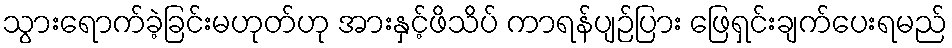
သွားရောက်ခဲ့ခြင်းမဟုတ်ဟု အားနှင့်ဖိသိပ် ကာရန်ပျဉ်ပြား ဖြေရှင်းချက်ပေးရမည်